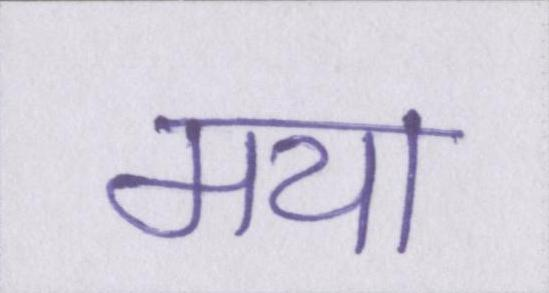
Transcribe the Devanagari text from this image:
मया